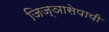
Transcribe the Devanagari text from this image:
जिज्ञासेपायी